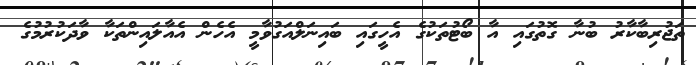
ތަޖުރިބާކާރު ބުނާ ގޮތުގައި އާ ބޯޓުތަކުގެ އެހީގައި ބައިނަލްއަގުވާމީ އެހެން އެއާލައިންތަކާ ވާދަކުރުމުގެ